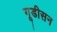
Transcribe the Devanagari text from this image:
गूडीसन